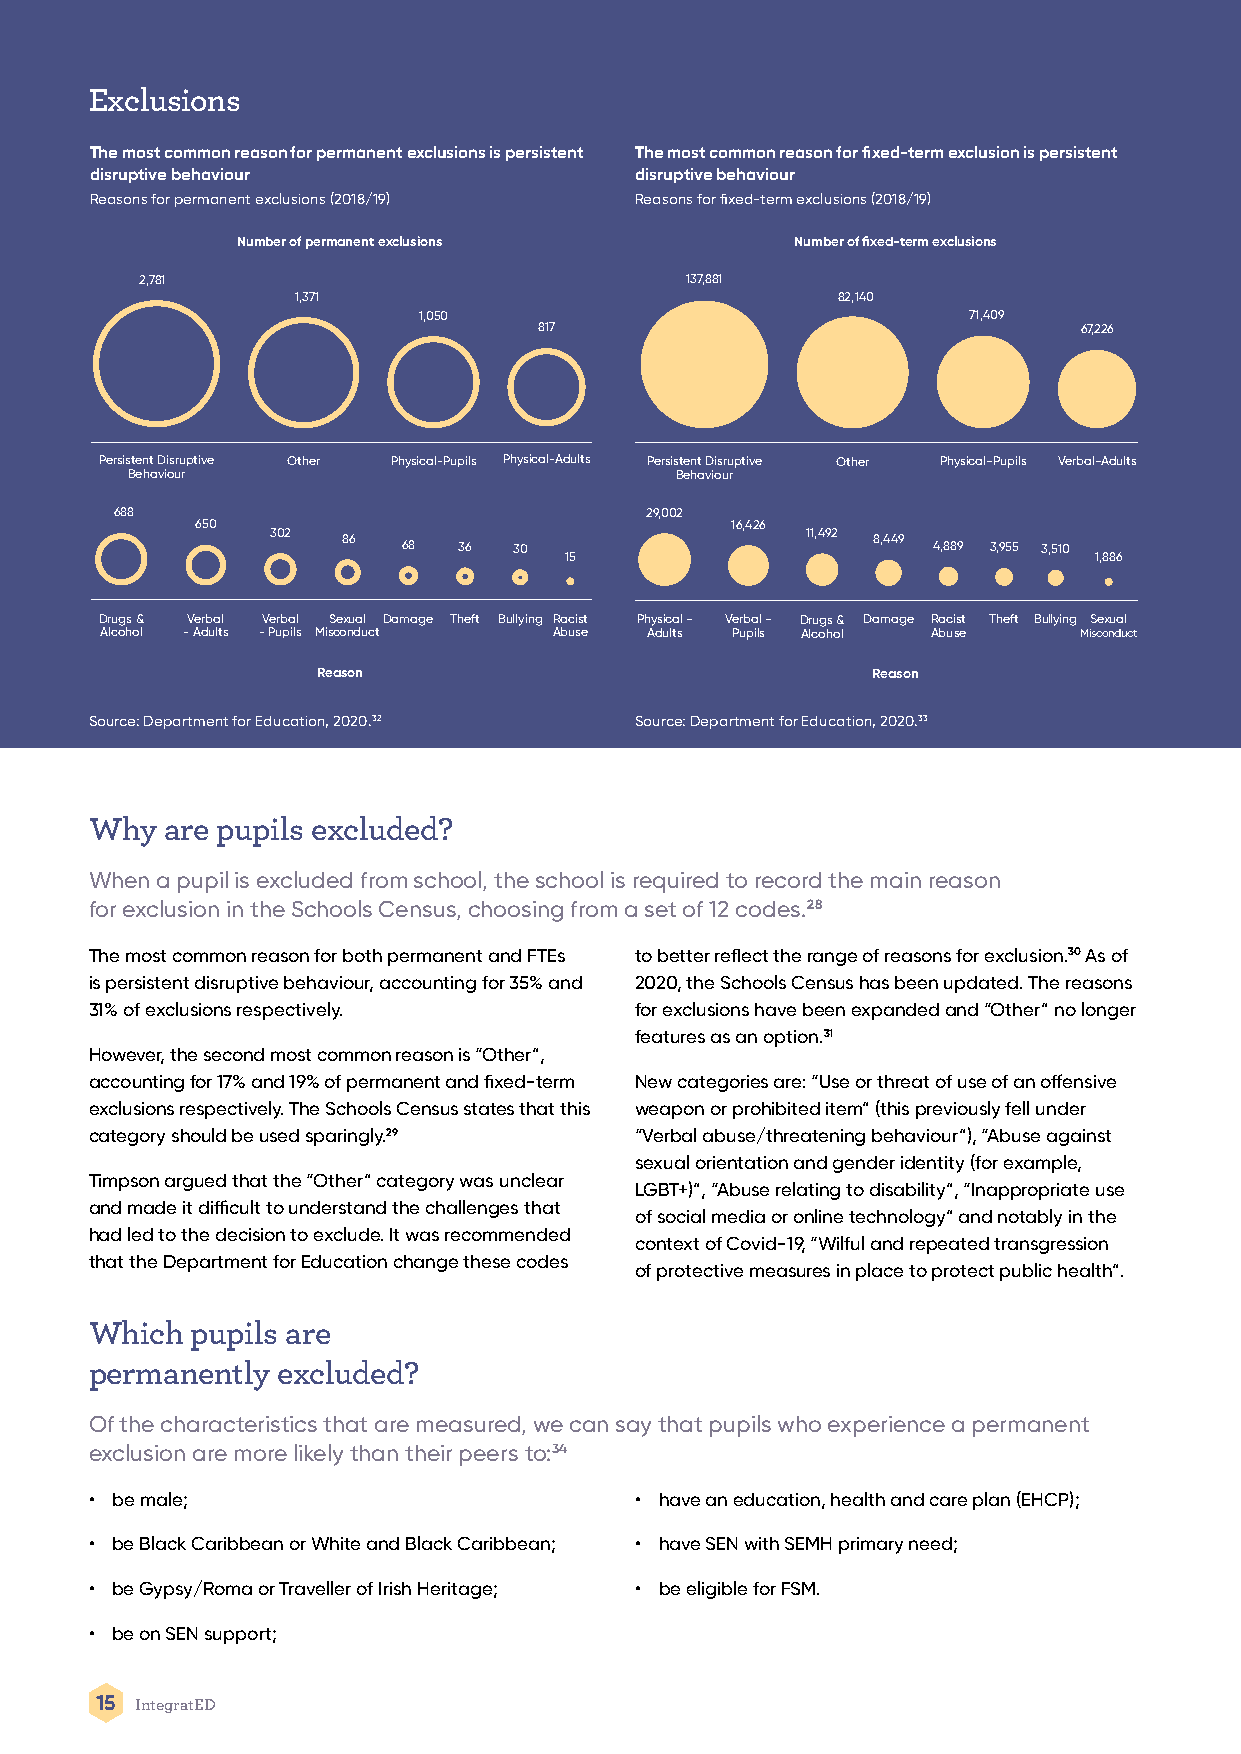
Exclusions
 The most common reason for permanent exclusions is persistent The most common reason for fixed-term exclusion is persistent
 disruptive behaviour                disruptive behaviour
 Reasons for permanent exclusions (2018/19) Reasons for fixed-term exclusions (2018/19)
 Number of permanent exclusions       Number of fixed-term exclusions
 2,781                               137,881
 1,371                               82,140
 1,050                               71,409
 817                                 67,226
 Persistent Disruptive Other Physical-Pupils Physical-Adults Persistent Disruptive Other Physical-Pupils Verbal-Adults
 Behaviour                            Behaviour
 688                                29,002
 650                                16,426
 302  86                            11,492 8,449
 68 36  30                          4,889 3,955 3,510
 15                                 1,886
 Drugs & Verbal Verbal Sexual Damage Theft Bullying Racist Physical - Verbal - Drugs & Damage Racist Theft Bullying Sexual
 Alcohol - Adults - Pupils Misconduct Abuse Adults Pupils Alcohol Abuse Misconduct
 Reason                               Reason
 Source: Department for Education, 2020.32 Source: Department for Education, 2020.33
 Why  are pupils excluded?
 When a pupil is excluded from school, the school is required to record the main reason
 for exclusion in the Schools Census, choosing from a set of 12 codes.28
 The most common reason for both permanent and FTEs to better reflect the range of reasons for exclusion.30 As of
 is persistent disruptive behaviour, accounting for 35% and 2020, the Schools Census has been updated. The reasons
 31% of exclusions respectively.     for exclusions have been expanded and “Other” no longer
 features as an option.31
 However, the second most common reason is “Other”,
 accounting for 17% and 19% of permanent and fixed-term New categories are: “Use or threat of use of an offensive
 exclusions respectively. The Schools Census states that this weapon or prohibited item” (this previously fell under
 category should be used sparingly.29 “Verbal abuse/threatening behaviour”), “Abuse against
 sexual orientation and gender identity (for example,
 Timpson argued that the “Other” category was unclear
 LGBT+)”, “Abuse relating to disability”, “Inappropriate use
 and made it difficult to understand the challenges that
 of social media or online technology” and notably in the
 had led to the decision to exclude. It was recommended
 context of Covid-19, “Wilful and repeated transgression
 that the Department for Education change these codes
 of protective measures in place to protect public health”.
 Which  pupils are
 permanently excluded?
 Of the characteristics that are measured, we can say that pupils who experience a permanent
 exclusion are more likely than their peers to:34
 • be male;                          • have an education, health and care plan (EHCP);
 • be Black Caribbean or White and Black Caribbean; • have SEN with SEMH primary need;
 • be Gypsy/Roma or Traveller of Irish Heritage; • be eligible for FSM.
 • be on SEN support;
 15 IntegratED